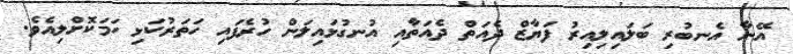
އޭނާ އެނބުރި ބަލައިލިއިރު ފަޔާޒް ދެއަތް ދެއަތާއި އުނގުޅައިލަން ހުރެފައި ހަތަރުކަޅި ހަމަކޮށްލިއެވެ.